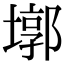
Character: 墎